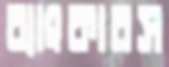
ব্যাংকারস